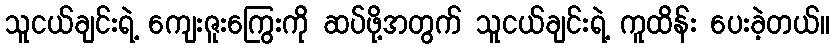
သူငယ်ချင်းရဲ့ ကျေးဇူးကြွေးကို ဆပ်ဖို့အတွက် သူငယ်ချင်းရဲ့ ကူထိန်း ပေးခဲ့တယ်။